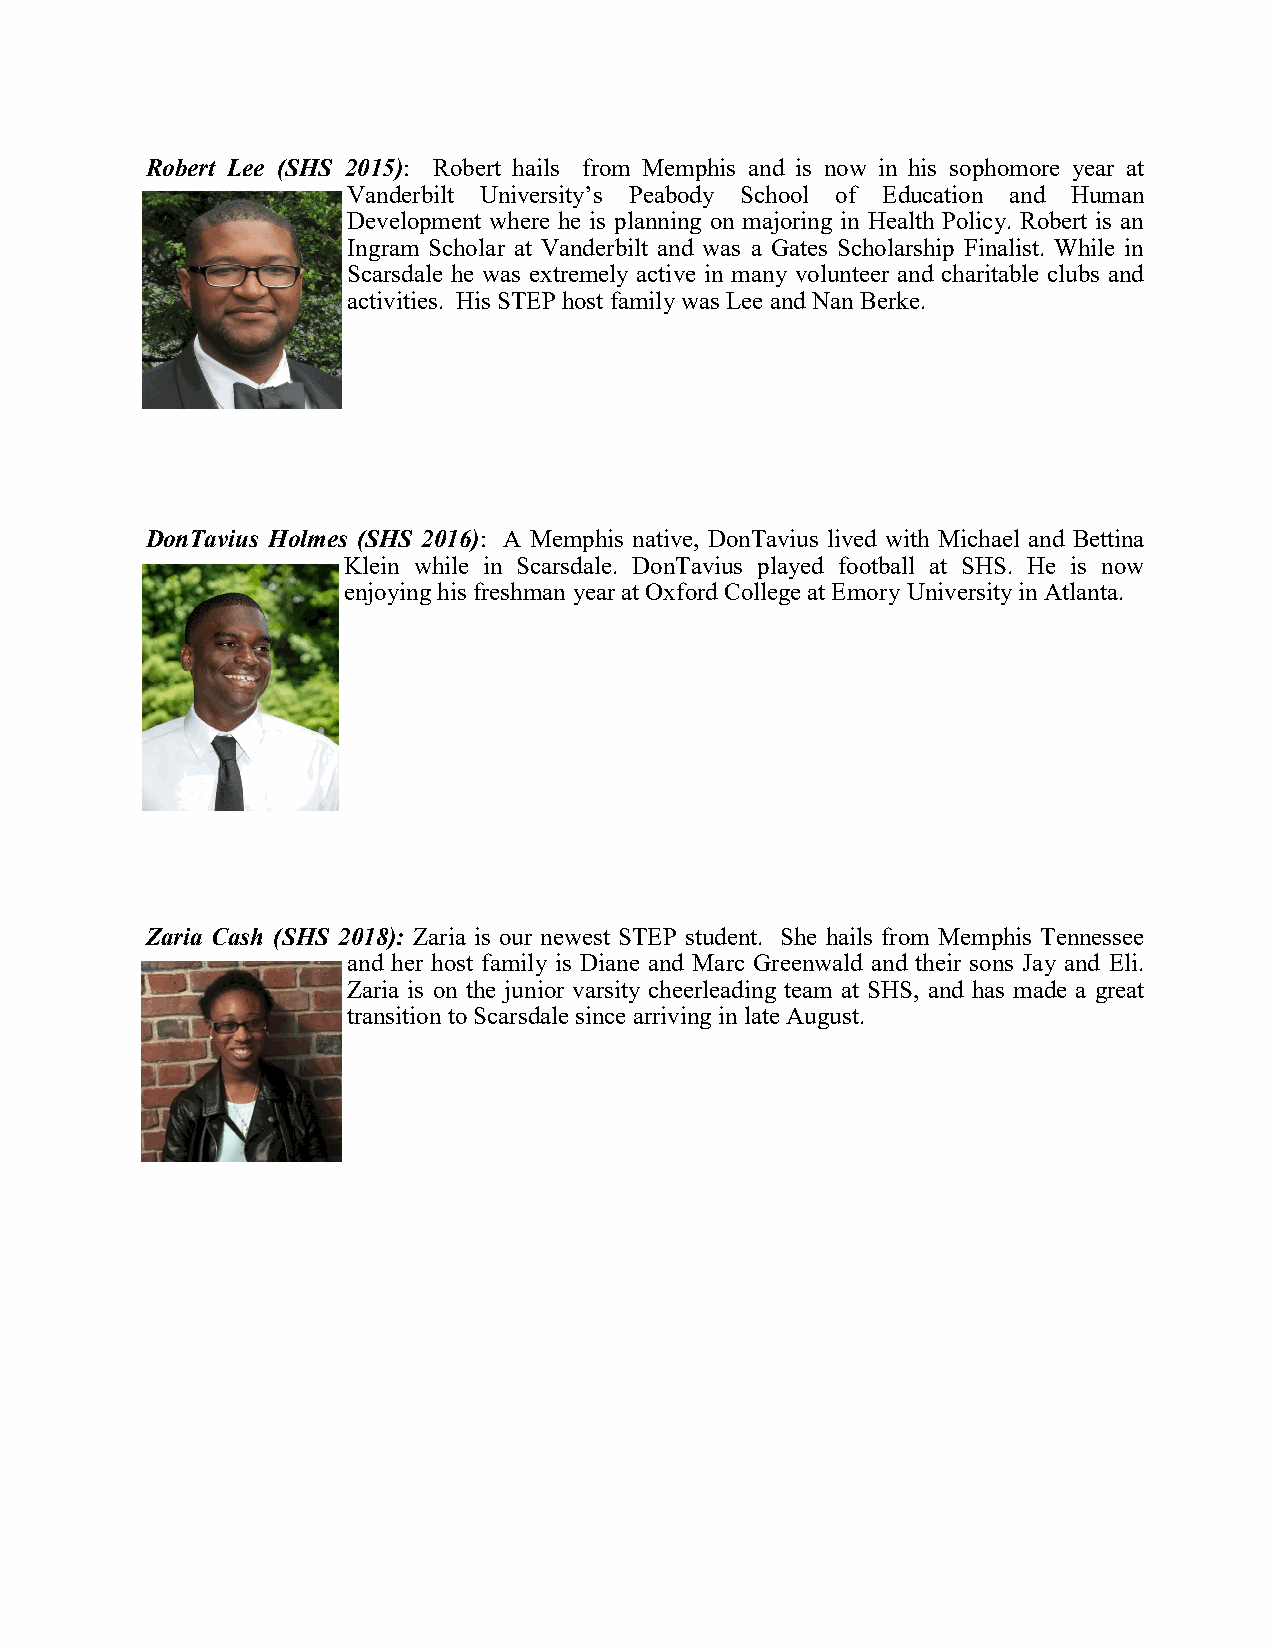
Robert Lee (SHS 2015): Robert hails from Memphis and is now in his sophomore year at
 Vanderbilt University’s Peabody School of Education and Human
 Development where he is planning on majoring in Health Policy. Robert is an
 Ingram Scholar at Vanderbilt and was a Gates Scholarship Finalist. While in
 Scarsdale he was extremely active in many volunteer and charitable clubs and
 activities. His STEP host family was Lee and Nan Berke.
 DonTavius Holmes (SHS 2016): A Memphis native, DonTavius lived with Michael and Bettina
 Klein while in Scarsdale. DonTavius played football at SHS. He is now
 enjoying his freshman year at Oxford College at Emory University in Atlanta.
 Zaria Cash (SHS 2018): Zaria is our newest STEP student. She hails from Memphis Tennessee
 and her host family is Diane and Marc Greenwald and their sons Jay and Eli.
 Zaria is on the junior varsity cheerleading team at SHS, and has made a great
 transition to Scarsdale since arriving in late August.